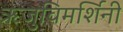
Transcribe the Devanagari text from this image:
ऋजुविमर्शिनी